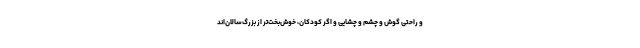
و راحتی گوش و چشم و چشایی و اگر کودکان، خوش‌بخت‌تر از بزرگ‌سالان‌اند